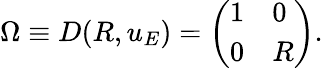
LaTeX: \Omega\equiv D(R,u_{E})=\left(\begin{array}{ll}{{1}}&{{0}}\\ {{0}}&{{R}}\end{array}\right).